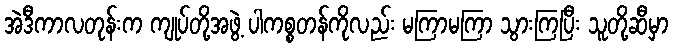
အဲဒီကာလတုန်းက ကျုပ်တို့အဖွဲ့ ပါကစ္စတန်ကိုလည်း မကြာမကြာ သွားကြပြီး သူတို့ဆီမှာ